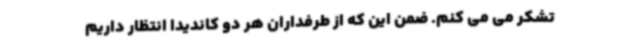
تشکر می می کنم. ضمن این که از طرفداران هر دو کاندیدا انتظار داریم